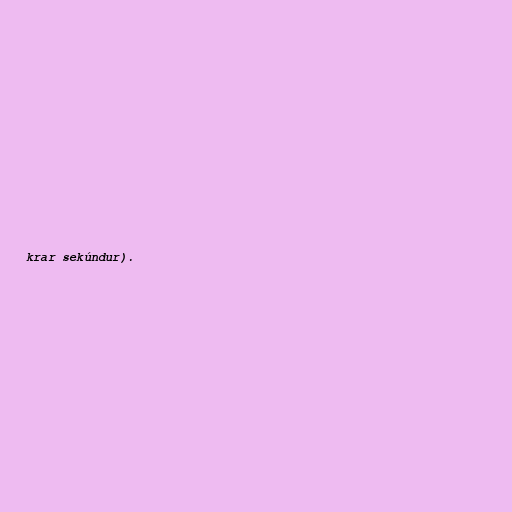
krar sekúndur).